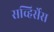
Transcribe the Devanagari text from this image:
सव्हिर्सेस